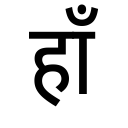
OCR:
हाँ